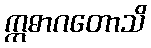
ဣဓာဂတောသိ